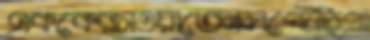
এককেরসওয়াতেনলপ্‌টেছিপ্রা